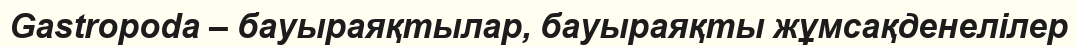
Gastropoda – бауыраяқтылар, бауыраяқты жұмсақденелілер